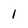
Character: 1